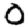
Digit: 0